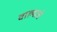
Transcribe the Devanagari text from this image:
वाल्याचे